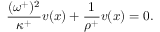
\frac { ( \omega ^ { + } ) ^ { 2 } } { \kappa ^ { + } } v ( x ) + \frac { 1 } { \rho ^ { + } } v ( x ) = 0 .